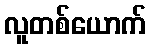
လူတစ်ယောက်